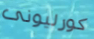
كورليونى